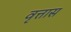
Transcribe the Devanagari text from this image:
वृत्तास